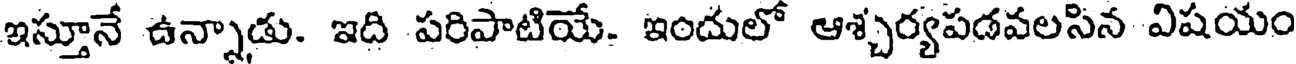
ఇస్తూనే ఉన్నాడు. ఇది పరిపాటియే. ఇందులో ఆశ్చర్యపడవలసిన విషయం